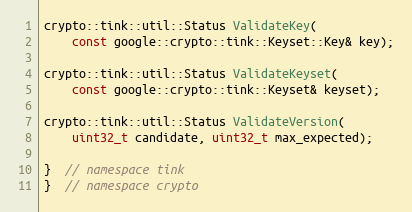
Language: C
crypto::tink::util::Status ValidateKey(
    const google::crypto::tink::Keyset::Key& key);

crypto::tink::util::Status ValidateKeyset(
    const google::crypto::tink::Keyset& keyset);

crypto::tink::util::Status ValidateVersion(
    uint32_t candidate, uint32_t max_expected);

}  // namespace tink
}  // namespace crypto